Burma Government Medical School reports 1923-41
Year: 1923
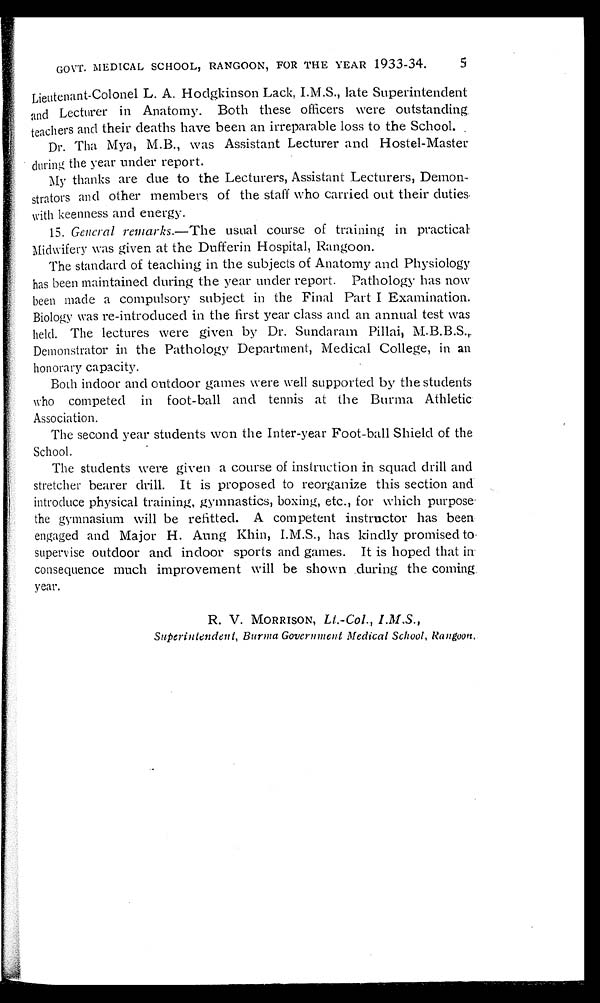
GOVT. MEDICAL SCHOOL, RANGOON, FOR THE YEAR 1933-34.
5
Lieutenant-Colonel L. A. Hoclgkinson Lack, I.M.S., late Superintendent
and Lecturer in Anatomy. Both these officers were outstanding
teachers and their deaths have been an irreparable loss to the School.
Dr. Tha Mya, M.B., was Assistant Lecturer and Hostel-Master
during the year under report.
My thanks are due to the Lecturers, Assistant Lecturers, Demon
-strators and other members of the staff who carried out their duties.
with keenness and energy.
15. General remarks.—The usual course of training in practical
Midwifery was given at the Dufferin Hospital, Rangoon.
The standard of teaching in the subjects of Anatomy and Physiology
has been maintained during the year under report. Pathology has now
been made a compulsory subject in the Final Part I Examination.
Biology was re-introduced in the first year class and an annual test was
held. The lectures were given by Dr. Sunclarain Pillai,
Demonstrator in the Pathology Department, Medical College, in an
honorary capacity.
Both indoor and outdoor games were well supported by the students
who competed in foot-ball and tennis at the Burma Athletic
Association.
The second year students won the Inter-year Foot-ball Shield of the
School.
The students were given a course of instruction in squad drill and
stretcher bearer drill. It is proposed to reorganize this section and
introduce physical training, gymnastics, boxing, etc., for which purpose
the gymnasium will be refitted. A competent instructor has been
engaged and Major H. Aung Khin, I.M.S., has kindly promised to
supervise outdoor and indoor sports and games. It is hoped that in
consequence much improvement will be shown during the coming
year.
R. V. MORRISON,
Superintendent, Burma Government Medical School, Rangoon.